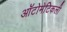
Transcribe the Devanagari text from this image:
ऑटोमेटिकली